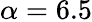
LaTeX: \alpha=6.5